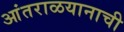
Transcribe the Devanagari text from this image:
आंतराळयानाची